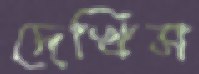
দেখিস